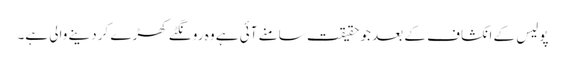
پولیس کے انکشاف کے بعد جو حقیقت سامنے آئی ہے وہ رونگٹے کھڑے کر دینے والی ہے۔